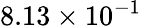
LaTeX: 8.13\times 10^{-1}